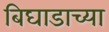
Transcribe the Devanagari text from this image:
बिघाडाच्या